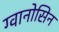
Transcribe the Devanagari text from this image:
ग्वानोसिन